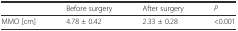
<table><thead><tr><td>[EMPTY_CELL]</td><td><b>Before surgery</b></td><td><b>After surgery</b></td><td><b><i>P</i></b></td></tr></thead><tbody><tr><td>MMO [cm]</td><td>4.78 ± 0.42</td><td>2.33 ± 0.28</td><td>&lt;0.001</td></tr></tbody></table>